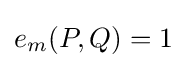
e_{m}(P,Q)=1